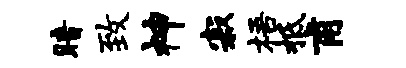
暗致神寂梧柢甫